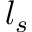
l _ { s }